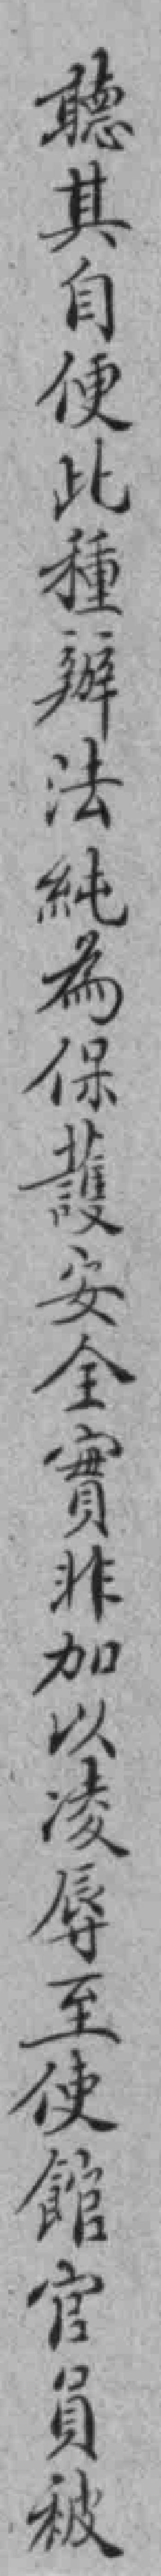
聽其自便此種辦法純為保護安全實非加以凌辱至使館官員被